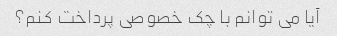
آیا می توانم با چک خصوصی پرداخت کنم؟